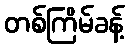
တစ်ကြိမ်ခန့်